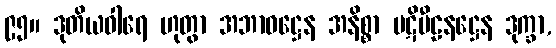
၉၅။ ဒုတိယဝါရေ ဟုတွာ အဘာဝဋ္ဌေန အနိစ္စာ ပဋိပီဠနဋ္ဌေန ဒုက္ခာ,